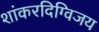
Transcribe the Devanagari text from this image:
शांकरदिग्विजय